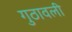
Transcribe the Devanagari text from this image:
गुठावली